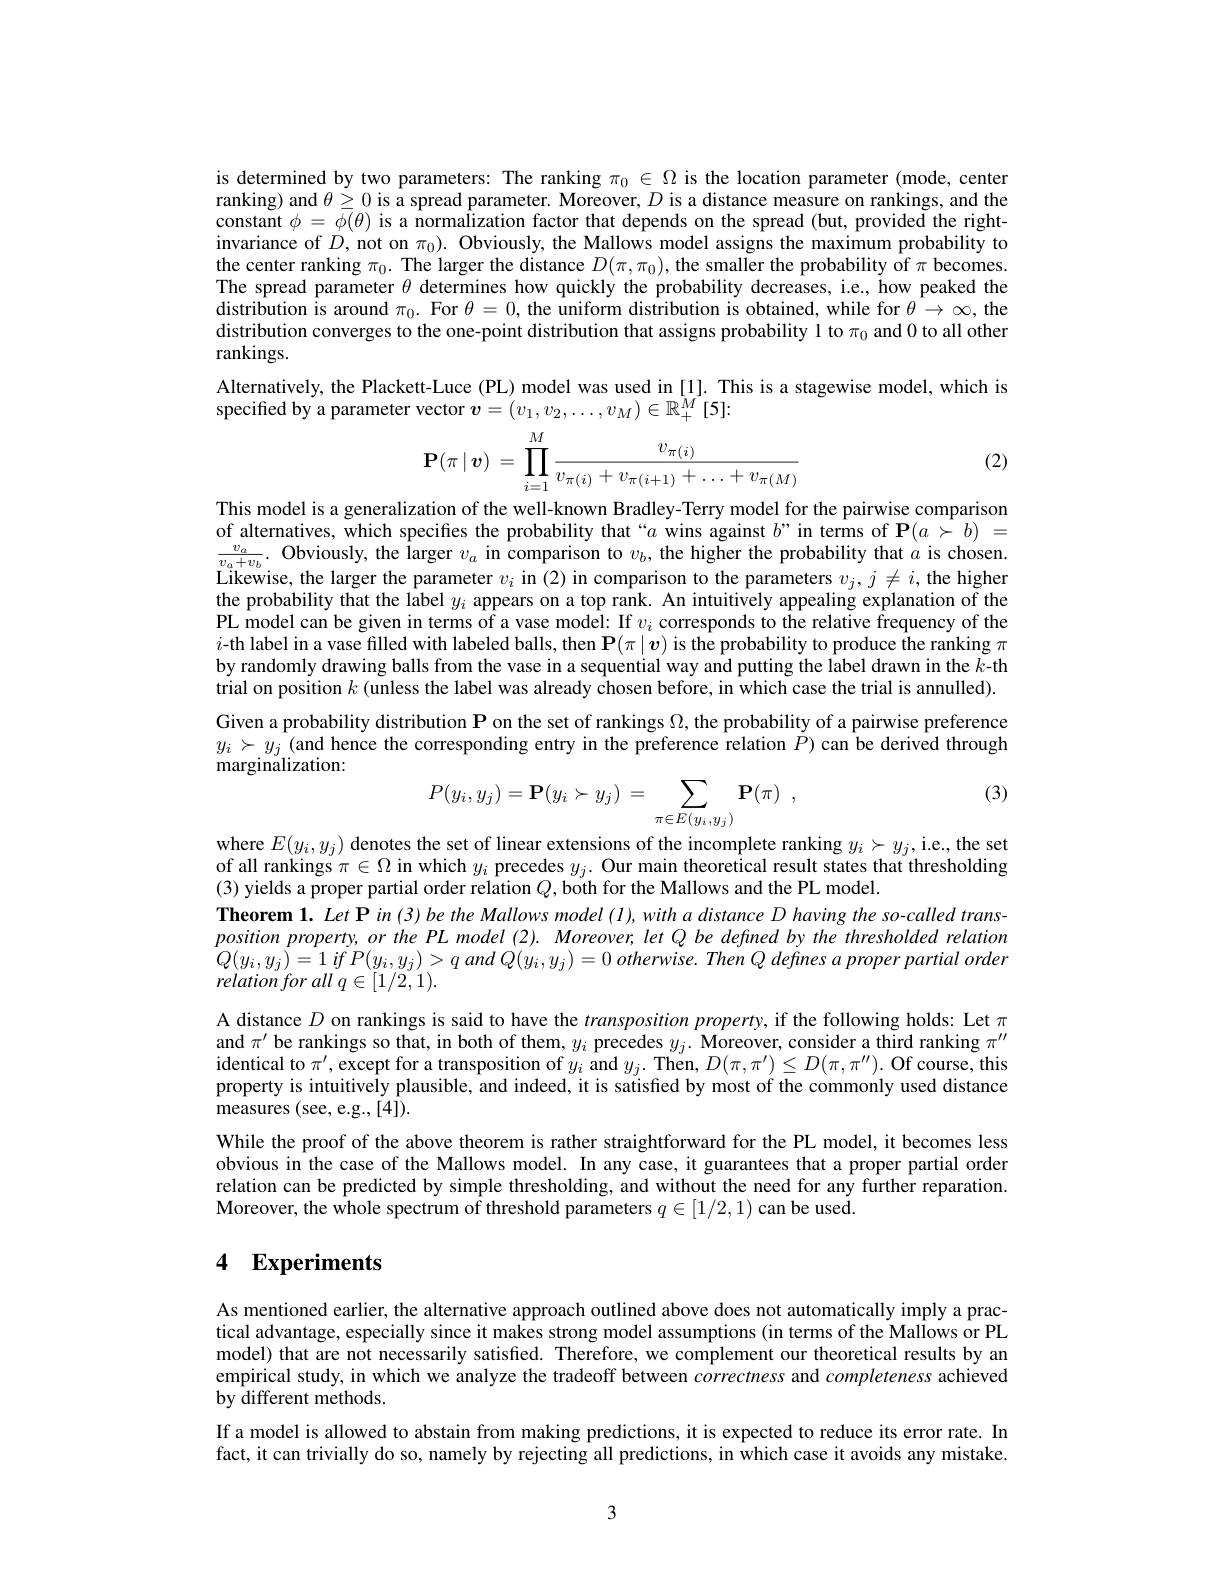
is determined by two parameters: The ranking $\pi_0\in\Omega$ is the location parameter (mode, center ranking) and $\theta\geq0$ is a spread parameter. Moreover, $D$ is a distance measure on rankings, and the constant $\phi=\overline{\phi}(\theta)$ is a normalization factor that depends on the spread (but, provided the rightinvariance of $D$, not on $\pi_0).$ Obviously, the Mallows model assigns the maximum probability to the center ranking $\pi_0.$ The larger the distance $D(\pi,\pi_0)$, the smaller the probability of $\pi$ becomes. The spread parameter $\theta$ determines how quickly the probability decreases, i.e., how peaked the distribution is around $\pi_0.$ For $\theta=0$, the uniform distribution is obtained, while for $\theta\to\infty$, the distribution converges to the one-point distribution that assigns probability 1 to $\pi_0$ and 0 to all other rankings.
Alternatively, the Plackett-Luce (PL) model was used in [1]. This is a stagewise model, which is
specified by a parameter vector $v=(v_1,v_2,\ldots,v_M)\in\mathbb{R}_+^{\bar{M}}[5]$:

(2)
$$\mathbf{P}(\pi\mid\boldsymbol{v})\:=\:\prod_{i=1}^M\frac{v_{\pi(i)}}{v_{\pi(i)}+v_{\pi(i+1)}+\ldots+v_{\pi(M)}}$$
This model is a generalization of the well-known Bradley-Terry model for the pairwise comparison of alternatives, which specifies the probability that“$a$ wins against $b”$in terms of $\mathbf{P}(a\succ b)=$ $\frac {v_{a}}{v_{a}+ v_{b}}.$ Obviously, the larger $v_{a}$ in comparison to $v_{b}$,the higher the probability that $\dot{\alpha }$ is chosen. Likewise, the larger the parameter $v_{i}$ in ( 2) in comparison to the parameters $v_{j}, j\neq i$,the higher the probability that the label $y_i$ appears on a top rank. An intuitively appealing explanation of the PL model can be given in terms of a vase model: If $v_i$ corresponds to the relative frequency of the $i$-th label in a vase filled with labeled balls, then $\mathbf{P}(\pi\mid\boldsymbol{v})$ is the probability to produce the ranking $\pi$ by randomly drawing balls from the vase in a sequential way and putting the label drawn in the $k$-th trial on position $k$ (unless the label was already chosen before, in which case the trial is annulled). Given a probability distribution $\mathbf{P}$ on the set of rankings $\Omega$, the probability of a pairwise preference $y_i\succ y_j$ (and hence the corresponding entry in the preference relation $P)$ can be derived through ${\mathrm{marginalization:}}$

(3)
$$P(y_i,y_j)=\mathbf{P}(y_i\succ y_j)\:=\:\sum_{\pi\in E(y_i,y_j)}\mathbf{P}(\pi)\:,$$
where $E(y_i,y_j)$ denotes the set of linear extensions of the incomplete ranking $y_i\succ y_j$,i.e., the set of all rankings $\pi\in\Omega$ in which $y_i$ precedes $y_j.$ Our main theoretical result states that thresholding (3) yields a proper partial order relation $Q$, both for the Mallows and the PL model.
Theorem 1. Let P in (3) be the Mallows model (1), with a distance D having the so-called transposition property, or the PL model (2). Moreover, let Q be defined by the thresholded relation $\begin{array}{c}{Q(y_{i},y_{j})=1\:if\:P(y_{i},y_{j})>q\:and\:Q(y_{i},y_{j})=0\:otherwise.\:Then\:Q\:defnes\:a\:proper\:partial\:order\\{relation\:for\:all\:q\in[1/2,1\:).}\end{array}}\\$ A distance $D$ on rankings is said to have the transposition property, if the following holds: Let $\pi$ and $\pi^\prime$ be rankings so that, in both of them, $y_i$ precedes $y_j.$ Moreover, consider a third ranking $\pi^\prime\prime$ identical to $\pi^\prime$, except for a transposition of $y_i$ and $y_j.$ Then, $D(\pi,\pi^{\prime})\leq D(\pi,\pi^{\prime\prime}).$ Of course, this property is intuitively plausible, and indeed, it is satisfied by most of the commonly used distance measures (see, e.g.,[4]).
While the proof of the above theorem is rather straightforward for the PL model, it becomes less obvious in the case of the Mallows model. In any case, it guarantees that a proper partial order relation can be predicted by simple thresholding, and without the need for any further reparation. Moreover, the whole spectrum of threshold parameters $q\in[1/2,1)$ can be used.

## 4 Experiments

As mentioned earlier, the alternative approach outlined above does not automatically imply a practical advantage, especially since it makes strong model assumptions (in terms of the Mallows or PL model) that are not necessarily satisfied. Therefore, we complement our theoretical results by an empirical study, in which we analyze the tradeoff between correctness and completeness achieved by different methods.
If a model is allowed to abstain from making predictions, it is expected to reduce its error rate. In fact, it can trivially do so, namely by rejecting all predictions, in which case it avoids any mistake.

3